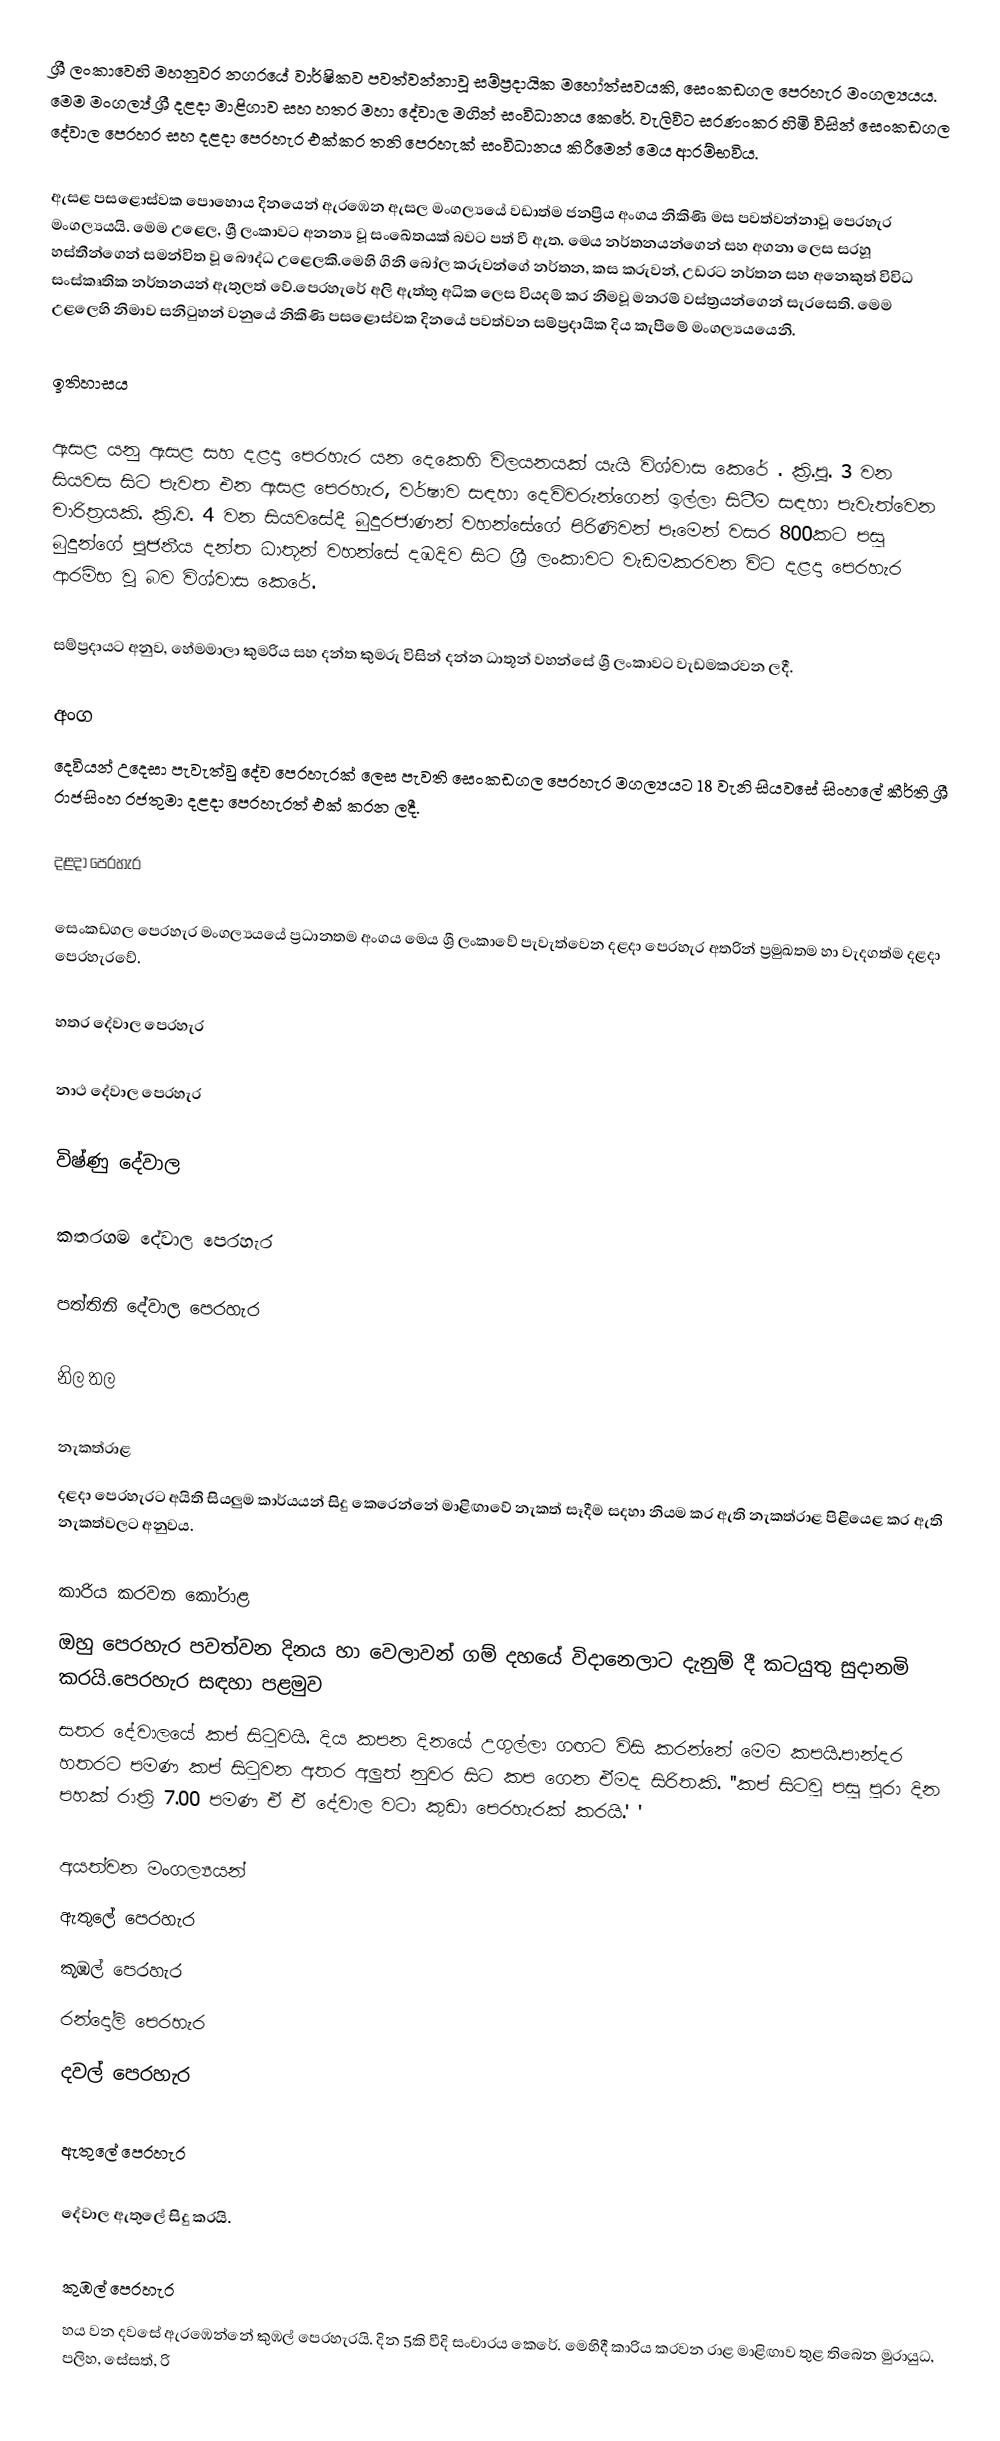
ශ්‍රී ලංකාවෙහි මහනුවර නගරයේ වාර්ෂිකව පවත්වන්නාවූ සම්ප්‍රදායික මහෝත්සවයකි,  සෙංකඩගල පෙරහැර මංගල්‍යයය.  මෙම මංගල්‍ය්‍ ශ්‍රී දළදා මාළිගාව සහ හතර මහා දේවාල මගින් සංවිධානය කෙරේ. වැලිවිට සරණංකර හිමි විසින් සෙංකඩගල  දේවාල පෙරහර සහ දළදා පෙරහැර එක්කර තනි පෙරහැක් සංවිධානය කිරීමෙන් මෙය ආරම්භවිය.

ඇසළ පසළොස්වක පොහොය දිනයෙන් ඇරඹෙන ඇසල මංගල්‍යයේ වඩාත්ම ජනප්‍රිය අංගය  නිකිණි මස පවත්වන්නාවූ පෙරහැර මංගල්‍යයයි. මෙම උළෙල, ශ්‍රී ලංකාවට අනන්‍ය වූ සංඛේතයක් බවට පත් වී ඇත. මෙය නර්තනයන්ගෙන් සහ අගනා ලෙස සරහූ හස්තීන්ගෙන් සමන්විත වූ බෞද්ධ උළෙලකි.මෙහි ගිනි බෝල කරුවන්ගේ නර්තන, කස කරුවන්, උඩරට නර්තන සහ අනෙකුත් විවිධ සංස්කෘතික නර්තනයන් ඇතුලත් වේ.පෙරහැරේ අලි ඇත්තු අධික ලෙස වියදම් කර නිමවූ මනරම් වස්ත්‍රයන්ගෙන් සැරසෙති.  මෙම උළලෙහි නිමාව සනිටුහන් වනුයේ නිකිණි පසළොස්වක දිනයේ පවත්වන සම්ප්‍රදායික දිය කැපීමේ මංගල්‍යයයෙනි.

ඉතිහාසය

ඇසළ යනු ඇසළ සහ දළදා පෙරහැර යන දෙකෙහි විලයනයක් යැයි විශ්වාස කෙරේ .  ක්‍රි.පූ. 3 වන සියවස සිට පැවත එන ඇසළ පෙරහැර, වර්ෂාව සඳහා දෙවිවරුන්ගෙන් ඉල්ලා සිටීම සඳහා පැවැත්වෙන චාරිත්‍රයකි.  ක්‍රි.ව. 4 වන සියවසේදී බුදුරජාණන් වහන්සේගේ පිරිණිවන් පෑමෙන් වසර 800කට පසු බුදුන්ගේ පූජනීය දන්ත ධාතූන් වහන්සේ දඹදිව සිට ශ්‍රී ලංකාවට වැඩමකරවන විට දළදා  පෙරහැර ආරම්භ වූ බව විශ්වාස කෙරේ.

  සම්ප්‍රදායට අනුව, හේමමාලා කුමරිය සහ දන්ත කුමරු විසින් දන්න ධාතූන් වහන්සේ ශ්‍රී ලංකාවට වැඩමකරවන ලදී.

අංග
දෙවියන් උදෙසා පැවැත්වු දේව පෙරහැරක් ලෙස පැවති සෙංකඩගල පෙරහැර මගල්‍යයට 18 වැනි සියවසේ සිංහලේ කීර්ති ශ්‍රී රාජසිංහ රජතුමා දළදා පෙරහැරත් එක් කරන ලදී.

දළදා පෙරහැර

සෙංකඩගල පෙරහැර මංගල්‍යයයේ ප්‍රධානතම අංගය මෙය ශ්‍රී ලංකාවේ පැවැත්වෙන දළදා පෙරහැර අතරින් ප්‍රමුඛතම හා වැදගත්ම දළදා පෙරහැරවේ.

හතර  දේවාල පෙරහැර

නාථ දේවාල පෙරහැර

විෂ්ණු දේවාල

කතරගම දේවාල පෙරහැර

පත්තිනි දේවාල පෙරහැර

නිල තල

නැකත්රාළ
දළදා පෙරහැරට අයිති සියලුම කාර්යයන් සිදු කෙරෙන්නේ මාළිඟාවේ නැකත් සෑදීම සදහා නියම කර ඇති නැකත්රාළ පිළියෙළ කර ඇති නැකත්වලට අනුවය.

කාරිය කරවන කෝරාළ
ඔහු පෙරහැර පවත්වන දිනය හා වෙලාවන් ගම් දහයේ විදානෙලාට දැනුම් දී කටයුතු සුදානමි කරයි.පෙරහැර සඳහා පළමුව
සතර දේවාලයේ කප් සිටුවයි. දිය කපන දිනයේ උගුල්ලා ගඟට විසි කරන්නේ මෙම කපයි.පාන්දර හතරට පමණ කප් සිටුවන අතර අලුත් නුවර සිට කප ගෙන ඒමද සිරිතකි. ''කප් සිටවු පසු පුරා දින පහක් රාත්‍රි 7.00 පමණ ඒ ඒ දේවාල වටා කුඩා පෙරහැරක් කරයි.'      '

අයත්වන මංගල්‍යයන්
 ඇතුලේ පෙරහැර
 කූඹල් පෙරහැර
 රන්දෝලි පෙරහැර
 දවල් පෙරහැර

ඇතුලේ පෙරහැර

දේවාල ඇතුලේ සිදු කරයි.

කුඹල් පෙරහැර
හය වන දවසේ ඇරඹෙන්නේ කුඹල් පෙරහැරයි. දින 5කි වීදි සංචාරය කෙරේ. මෙහිදී කාරිය කරවන රාළ මාළිඟාව තුළ තිබෙන මුරායුධ, පලිහ, සේසත්, රි